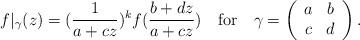
LaTeX: \begin{align*}f|_{\gamma}(z)=(\frac{1}{a+cz})^kf(\frac{b+dz}{a+cz})\quad\mbox{for}\quad\gamma=\left(\begin{array}{*{2}c}a&b\\c&d\end{array}\right).\end{align*}